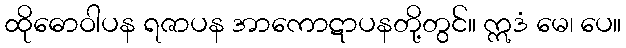
ထိုဓောဝါပန ရဇာပန အာကောဋာပနတို့တွင်။ ဣဒံ မေ၊ ပေ။